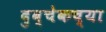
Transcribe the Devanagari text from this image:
दुब्चेकच्या